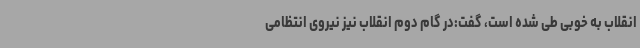
انقلاب به خوبی طی شده است، گفت:در گام دوم انقلاب نیز نیروی انتظامی